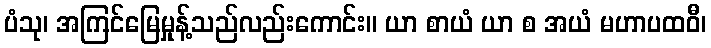
ပံသု၊ အကြင်မြေမှုန့်သည်လည်းကောင်း။ ယာ စာယံ ယာ စ အယံ မဟာပထဝီ၊